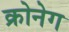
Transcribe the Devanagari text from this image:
क्रोनेग